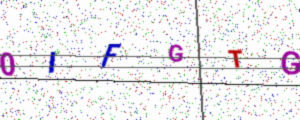
Text: 0IFGTG